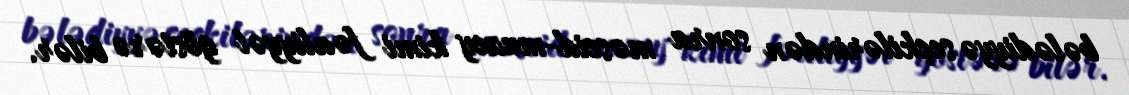
bələdiyyə seçkilərindən sonra məscid-muzey kimi fəaliyyət göstərə bilər.